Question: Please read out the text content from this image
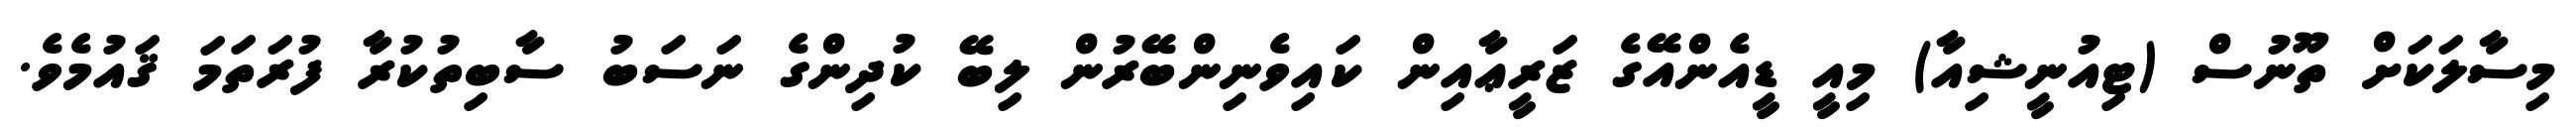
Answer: މިސާލަކަށް ތޫނުސް (ޓިއުނީޝިއާ) މިއީ ޑީއެންއޭގެ ޒަރީޢާއިން ކައިވެނިންބޭރުން ލިބޭ ކުދިންގެ ނަސަބު ސާބިތުކުރާ ފުރަތަމަ ޤައުމެވެ.